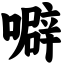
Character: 噼